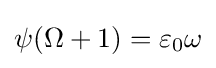
\psi (\Omega +1)=\varepsilon _{0}\omega